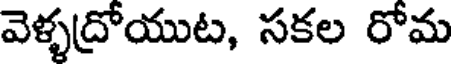
వెళ్ళద్రోయుట, సకల రోమ